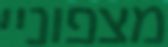
מצפוניי